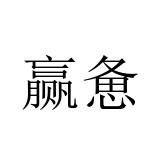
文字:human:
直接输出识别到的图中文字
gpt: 赢惫